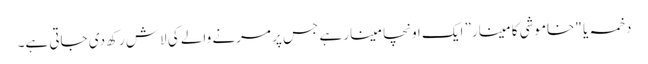
دخمہ یا "خاموشی کا مینار” ایک اونچا مینار ہے جس پر مرنے والے کی لاش رکھ دی جاتی ہے۔